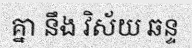
គ្នា នឹង វិស័យ ឆន្ទ